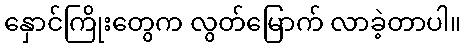
နှောင်ကြိုးတွေက လွတ်မြောက် လာခဲ့တာပါ။